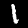
Digit: 1